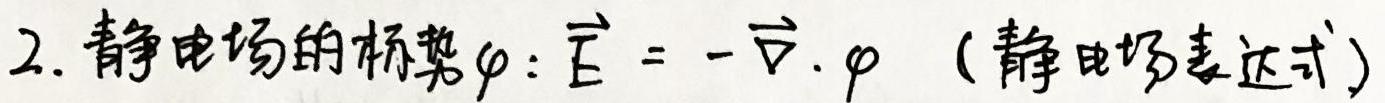
2. 静电场的标势$\varphi$: $\vec{E}=-\vec{\nabla}\cdot\varphi$ (静电场表达式)